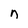
Character: n